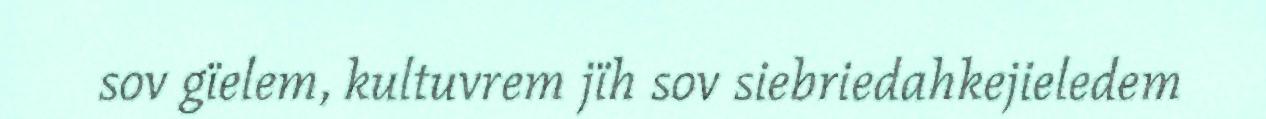
sov gïelem, kultuvrem jïh sov siebriedahkejieledem